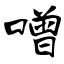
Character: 噌